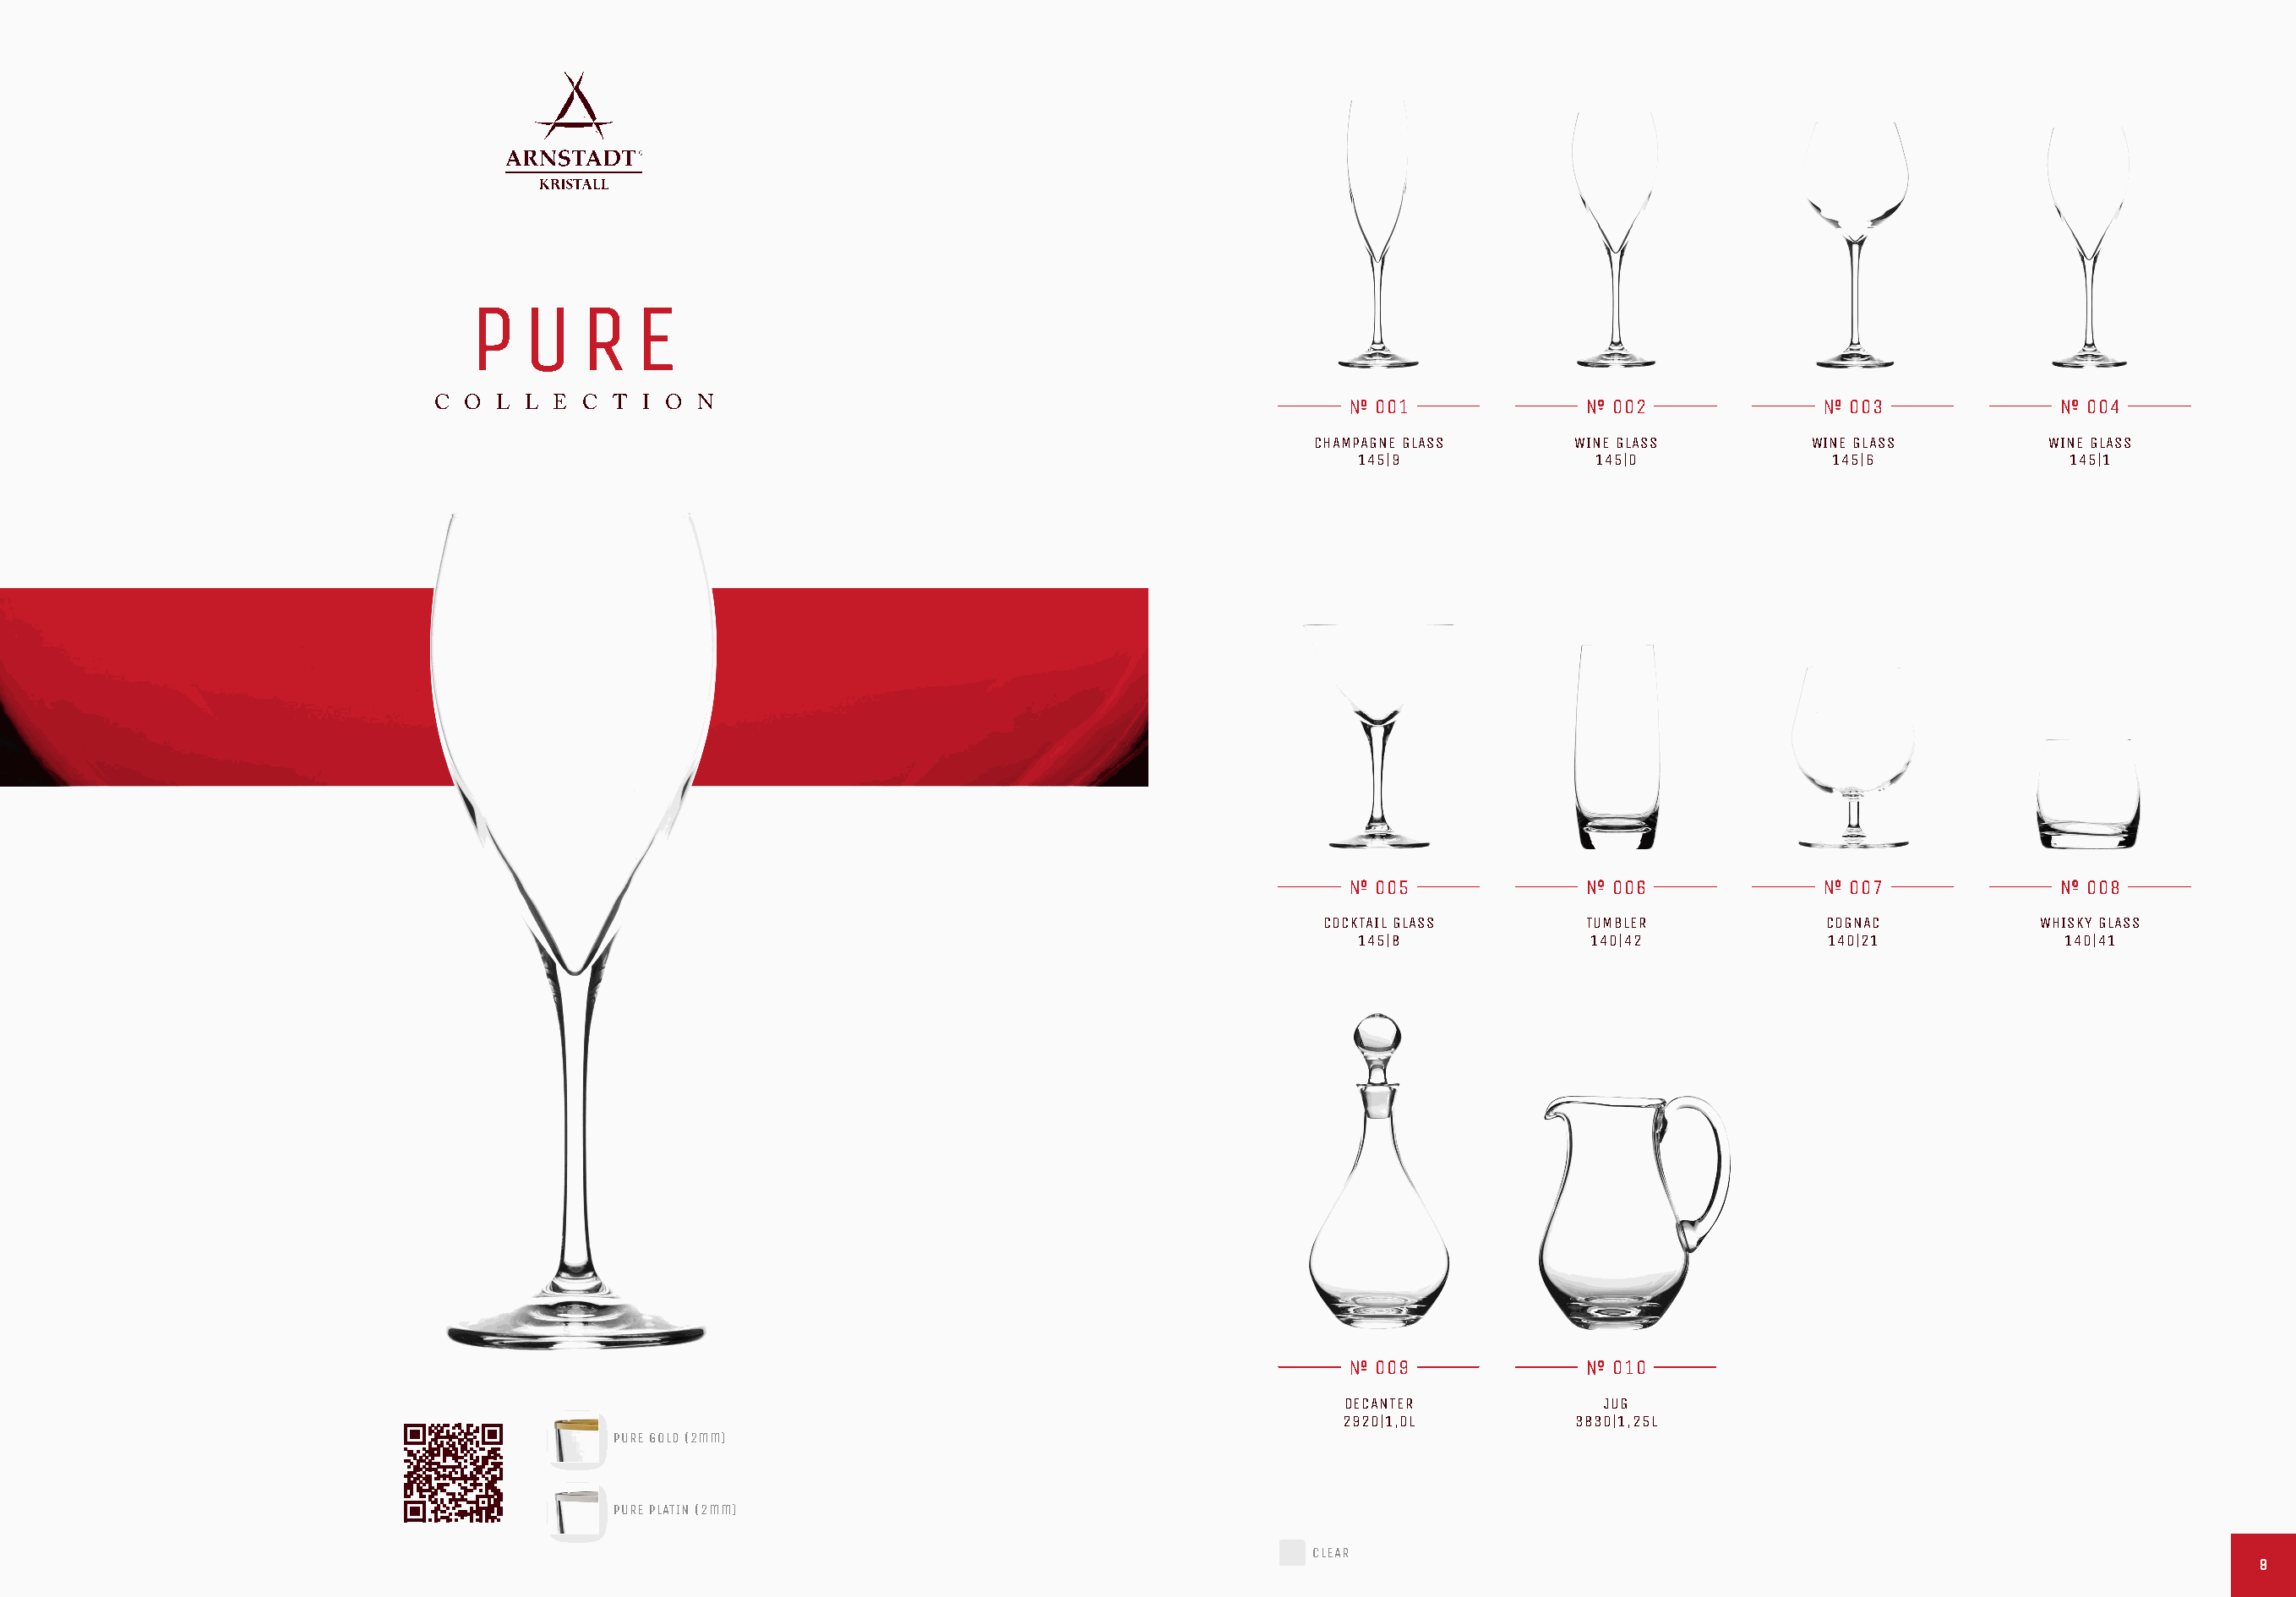
P   U   R    E
 C O  L L E  C T I O  N                                                    001               002                003               004
 CHAMPAGNE GLASS     WINE GLASS         WINE GLASS        WINE GLASS
 145|9              145|0              145|6             145|1
 005               006                007               008
 COCKTAIL GLASS      TUMBLER            COGNAC           WHISKY GLASS
 145|8              140|42            140|21             140|41
 009               010
 DECANTER             JUG
 2920|1,0L         3830|1,25L
 PURE GOLD (2mm)
 PURE PLATIN (2mm)
 CLEAR
 99